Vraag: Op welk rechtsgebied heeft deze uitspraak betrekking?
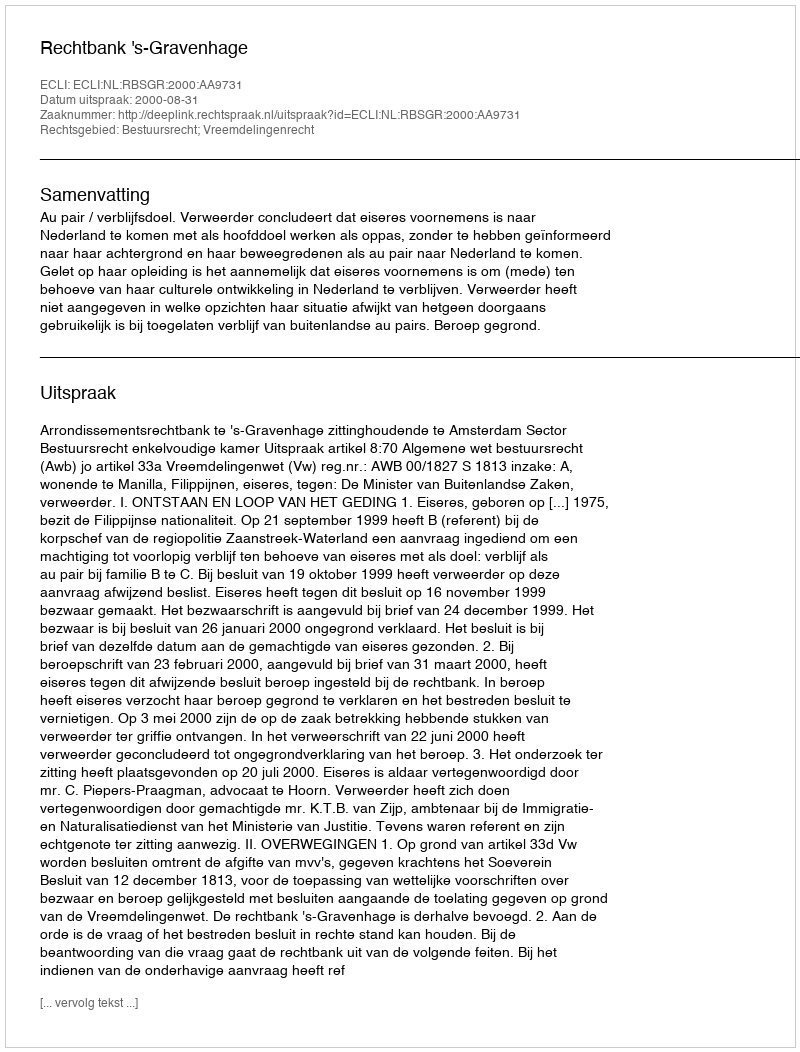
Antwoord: Bestuursrecht; Vreemdelingenrecht